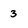
Character: 3